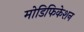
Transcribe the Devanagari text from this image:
मोडिफिकेशन